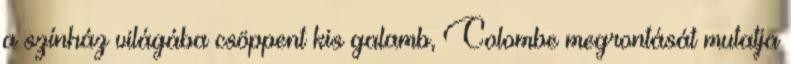
a színház világába csöppent kis galamb, Colombe megrontását mutatja